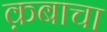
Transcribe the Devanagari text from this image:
क़बाचा